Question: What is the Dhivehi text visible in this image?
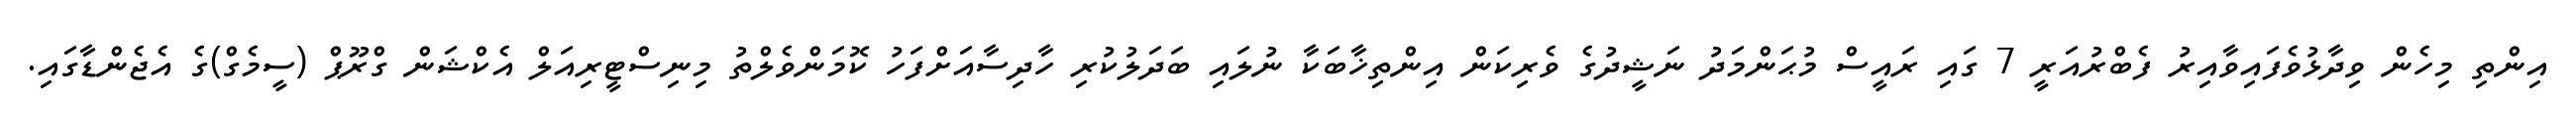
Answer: އިންތި މިހެން ވިދާޅުވެފައިވާއިރު ފެބްރުއަރީ 7 ގައި ރައީސް މުޙަންމަދު ނަޝީދުގެ ވެރިކަން އިންތިޚާބަކާ ނުލައި ބަދަލުކުރި ހާދިސާއަށްފަހު ކޮމަންވެލްތު މިނިސްޓީރިއަލް އެކްޝަން ގްރޫޕް (ސީމެގް)ގެ އެޖެންޑާގައި.